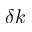
\delta k